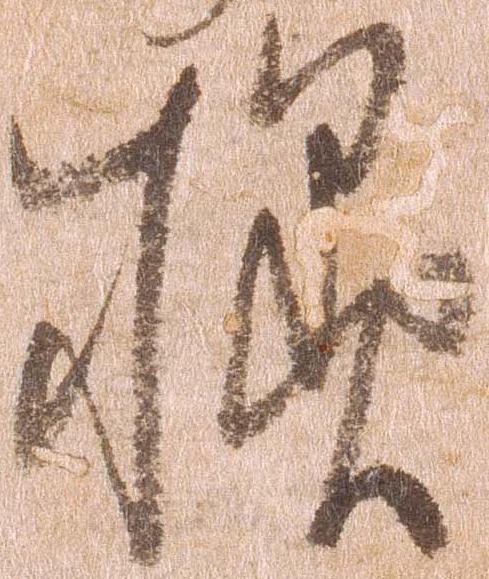
様